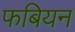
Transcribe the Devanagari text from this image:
फबियन